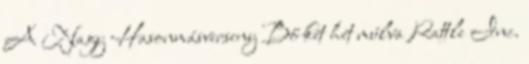
A Nagy Hasonmásverseny Bő két hét múlva Rattle Inc.